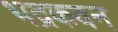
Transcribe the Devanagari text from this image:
भद्रकवन